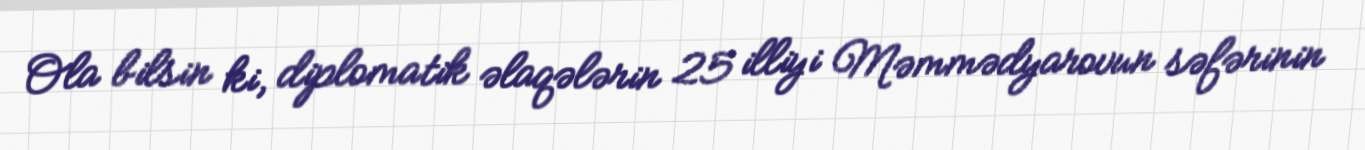
Ola bilsin ki, diplomatik əlaqələrin 25 illiyi Məmmədyarovun səfərinin